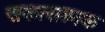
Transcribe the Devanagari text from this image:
सकारात्न्मक